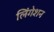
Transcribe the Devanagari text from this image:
लिंगेशन